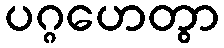
ပဂ္ဂဟေတွာ